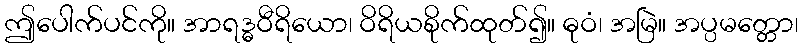
ဤပေါက်ပင်ကို။ အာရဒ္ဓဝီရိယော၊ ဝိရိယစိုက်ထုတ်၍။ ဓုဝံ၊ အမြဲ။ အပ္ပမတ္တော၊